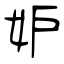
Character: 妒